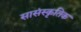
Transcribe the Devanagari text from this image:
सासंस्कृतिक